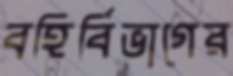
বহির্বিভাগের